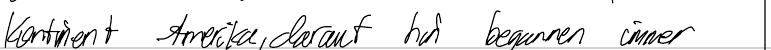
Kontinent Amerika, darauf hin begannen immer